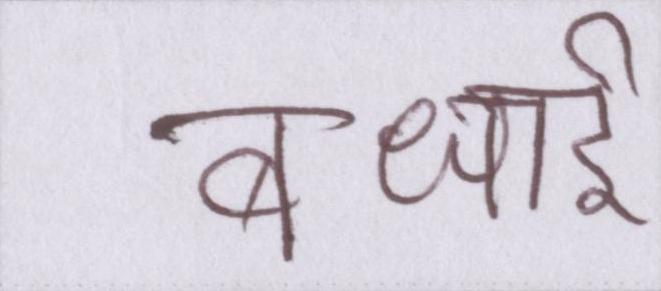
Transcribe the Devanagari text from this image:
बधाई